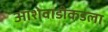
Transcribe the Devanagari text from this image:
आशेवाडीकडला